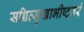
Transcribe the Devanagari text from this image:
सच्चित्सुखाभीष्टवरं